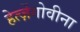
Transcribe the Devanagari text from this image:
हेर्त्ज़ेगोवीना